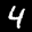
Label: 4